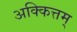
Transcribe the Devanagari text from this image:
अक्कित्तम्